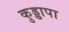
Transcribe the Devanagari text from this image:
कुड्डापा